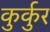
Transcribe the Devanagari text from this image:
कुर्कुर